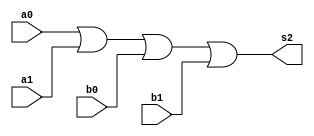
//
//exercicioguia_06_um
//Nome :Eneas

module orgate(a0,a1,b0,b1,s2);
output s2;
input a0,a1,b0,b1 ;
assign s2= (a0|a1|b0|b1);
//somador completo e comparador   // E' SO' UMA PORTA or !

endmodule//orgate
module ALU1 ;
reg a0,a1,b0,b1;
wire s2;

initial begin
    $display (" ALU1 ");
    $display ("orgate ");
    $display ("\na |b=s2\n");
    a0=0;a1=0;b0=0;b1=0;
 #1 $display ("%b |%b|%b %b|%b=%b",a0,a1,b0,b1,s2);
    a0=0;a1=0;b0=0;b1=1;
 #1 $display ("%b |%b|%b %b|%b=%b",a0,a1,b0,b1,s2);
    a0=0;a1=0;b0=1;b1=0;
 #1 $display ("%b |%b|%b %b|%b=%b",a0,a1,b0,b1,s2);
    a0=0;a1=0;b0=1;b1=1;
 #1 $display ("%b |%b|%b %b|%b=%b",a0,a1,b0,b1,s2);
    a0=0;a1=1;b0=0;b1=0;
 #1 $display ("%b |%b|%b %b|%b=%b",a0,a1,b0,b1,s2);
    a0=0;a1=1;b0=0;b1=1;
 #1 $display ("%b |%b|%b %b|%b=%b",a0,a1,b0,b1,s2);
    a0=0;a1=1;b0=1;b1=0;
 #1 $display ("%b |%b|%b %b|%b=%b",a0,a1,b0,b1,s2);
    a0=0;a1=1;b0=1;b1=1;
 #1 $display ("%b |%b|%b %b|%b=%b",a0,a1,b0,b1,s2);
    a0=1;a1=0;b1=0;b0=0;
 #1 $display ("%b |%b|%b %b|%b=%b",a0,a1,b0,b1,s2);
    a0=1;a1=0;b0=0;b1=1;
 #1 $display ("%b |%b|%b %b|%b=%b",a0,a1,b0,b1,s2);
    a0=1;a1=0;b0=1;b1=0;
 #1 $display ("%b |%b|%b %b|%b=%b",a0,a1,b0,b1,s2);
    a0=1;a1=0;b0=1;b1=1;
 #1 $display ("%b |%b|%b %b|%b=%b",a0,a1,b0,b1,s2);
    a0=1;a1=1;b0=0;b1=0;
 #1 $display ("%b |%b|%b %b|%b=%b",a0,a1,b0,b1,s2);
    a0=1;a1=1;b0=0;b1=1;
 #1 $display ("%b |%b|%b %b|%b=%b",a0,a1,b0,b1,s2);
    a0=1;a1=1;b0=1;b1=0;
 #1 $display ("%b |%b|%b %b|%b=%b",a0,a1,b0,b1,s2);
    a0=1;a1=1;b0=1;b1=1;
 #1 $display ("%b |%b|%b %b|%b=%b",a0,a1,b0,b1,s2);
	 

end
endmodule//orgate